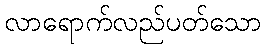
လာရောက်လည်ပတ်သော